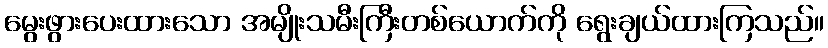
မွေးဖွားပေးထားသော အမျိုးသမီးကြီးတစ်ယောက်ကို ရွေးချယ်ထားကြသည်။